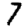
Digit: 7